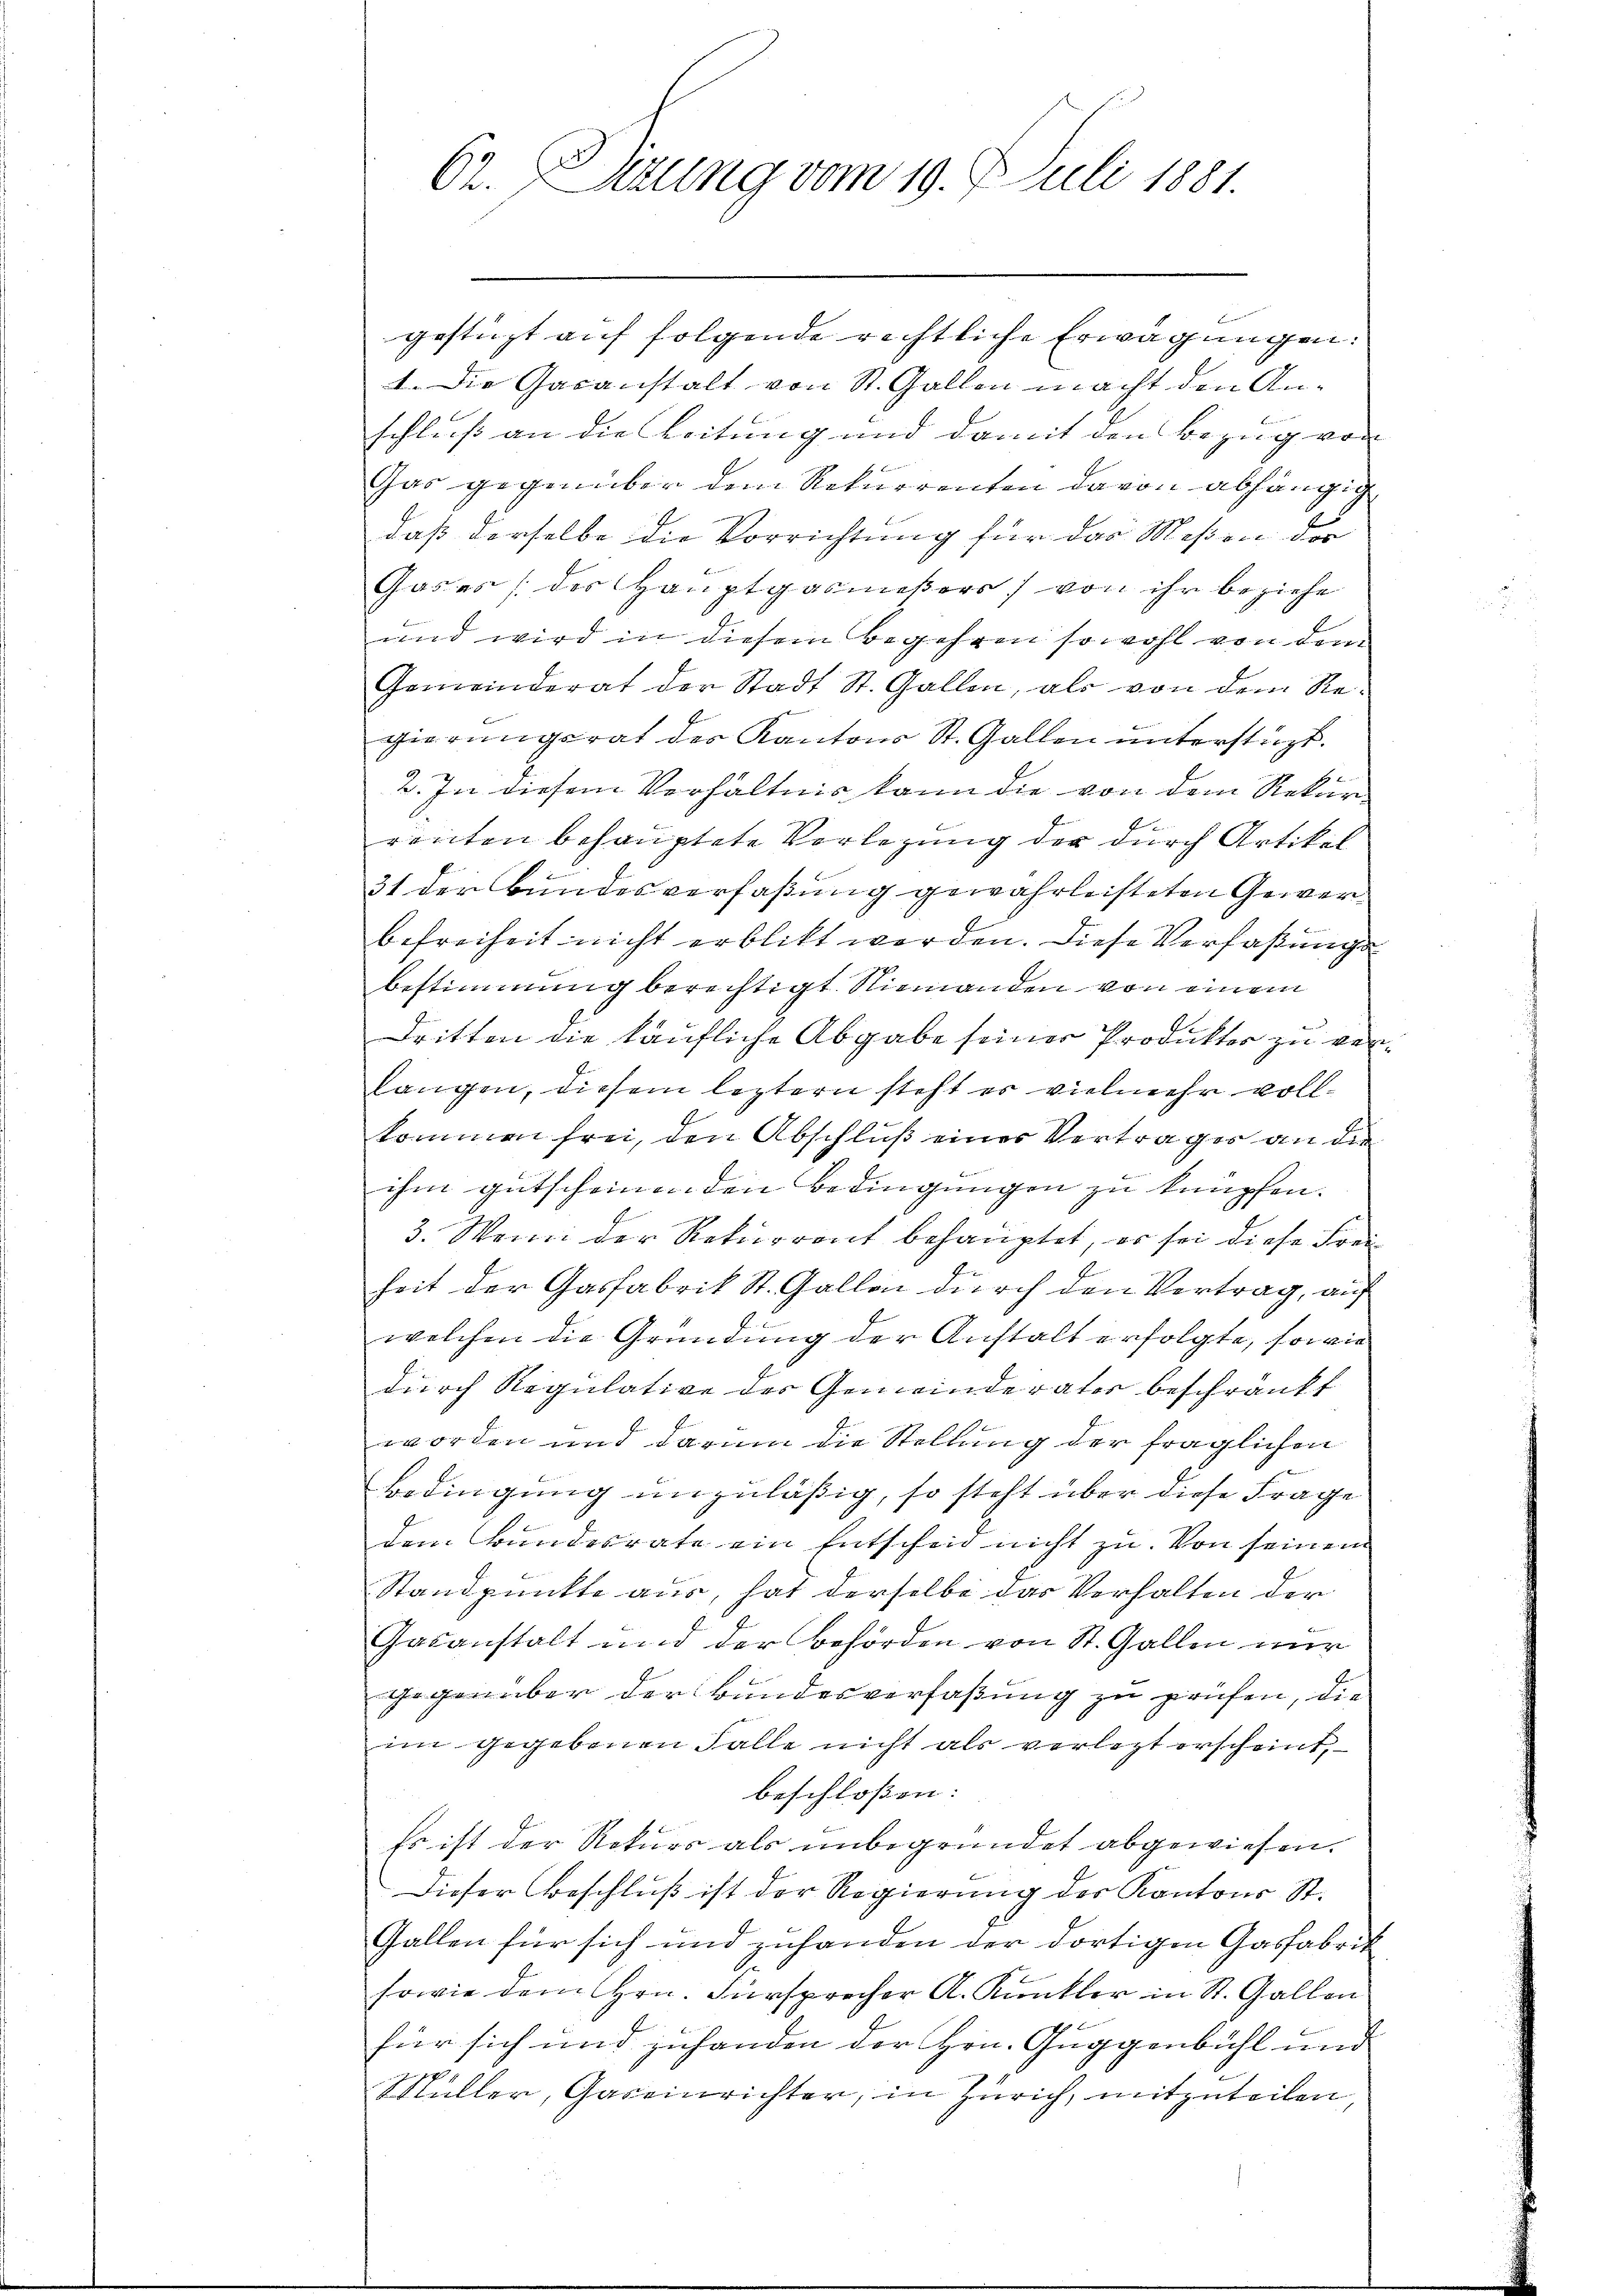
62. Sizung vom 19. Juli 1881.

gestürzt auf folgende richtliche Erwägungen:
1. Die Gasanstalt von St. Gallen macht den Anschleiß an die Leitung und damit den Bezug von
Gas gegenüber dem Rekurrenten davon abhängig
daß derselbe die Vorrichtung für das Meßen der
Gases (der Hauptgasmeßers) von ihr beziehe
und wird in diesem Begehren sowohl von dem
Gemeinderat der Stadt St. Gallen, als von dem Regierungsrat der Kantons St. Gallen unterstüzt.
2. In diesem Verhältnis kann die von dem Rekurf
renten behauptete Verlegung der durch Artikel
31 der Bundesverfaßung gewährleisteten Gewerbefreiheit nicht erblickt werden. Diese Verfaßungsbestimmung berechtigt. Niemanden von einem
Dritten die käufliche Abgabe seiner Produkter zu verlangen, diesem leztern steht er vielmehr vollkommen frei, den Abschluß einer Vertrages an die
ihm gutscheinen den Bedingungen zu knüpfen.
3. Wenn der Rekurrent behauptet, er sei diese Frei
heit der Gasfabrik St. Gallen durch den Vertrag, auf
welchen die Gründung der Anstalt erfolgte, sowie
durch Regulative des Gemeinderator beschränkt
worden und darum die Stellung der fraglichen
Bedingung unzuläßig, so steht über diese Frage
dem Bundesrate ein Entscheid nicht zu. Von seinem
Standpunkte aus, hat derselbe das Verhalten der
Gasanstalt und der Behörden von St. Gallen nur
gegenüber der Bundesverfaßung zu prüfen, die
im gegebenen Falle nicht als verlegt erscheint
beschloßen:
Es ist der Rekurs als unbegründet abgewiesen.
Dieser Beschluß ist der Regierung der Kantons St.
Gallen für sich und zuhanden der dortigen Gasfabrik
sowie dem Hrn. Fürsprecher A. Kunkler in St. Gallen
für sich und zuhanden der Hrn. Guggenbühl und
Müller, Gareinrichter, in Zürich, mitzuteilen,